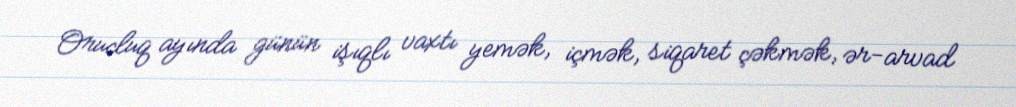
Orucluq ayında günün işıqlı vaxtı yemək, içmək, siqaret çəkmək, ər-arvad